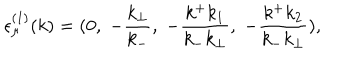
LaTeX: { \epsilon } _ { \mu } ^ { ( 1 ) } ( k ) = ( 0 , \; - \frac { k _ { \bot } } { k _ { - } } , \; - \frac { k ^ { + } k _ { 1 } } { k _ { - } k _ { \bot } } , \; - \frac { k ^ { + } k _ { 2 } } { k _ { - } k _ { \bot } } ) ,